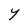
Character: Y